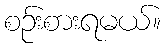
စဉ်းစားရမယ်။